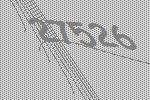
27526